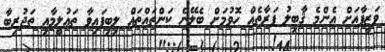
ވަޒީފާއަށް އެންމެ ޤާބިލު ފަރާތެއް ހޮވުމަށް ބެލޭނެ ކަންތައްތައް ލިބިފައިވާ ތަޢުލީމާއި ތަޖުރިބާ